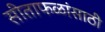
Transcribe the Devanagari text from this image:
सीताफळांसाठी